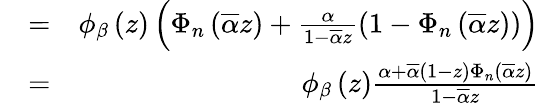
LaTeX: \begin{array}{rlr}&{=}&{\phi_{\beta}\left(z\right)\left(\Phi_{n}\left(\overline{{\alpha}}z\right)+\frac{\alpha}{1-\overline{{\alpha}}z}\left(1-\Phi_{n}\left(\overline{{\alpha}}z\right)\right)\right)}\\ &{=}&{\phi_{\beta}\left(z\right)\frac{\alpha+\overline{{\alpha}}\left(1-z\right)\Phi_{n}\left(\overline{{\alpha}}z\right)}{1-\overline{{\alpha}}z}}\end{array}